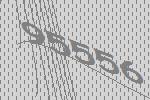
95556